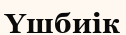
Үшбиік